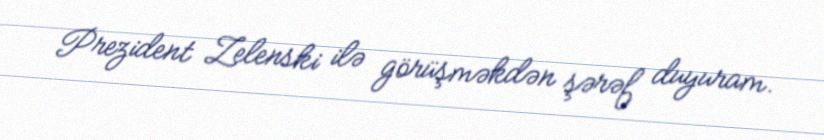
Prezident Zelenski ilə görüşməkdən şərəf duyuram.